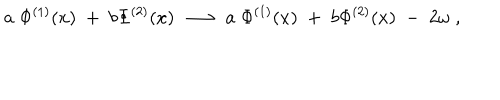
LaTeX: a \; \Phi ^ { ( 1 ) } ( x ) \; + \; b \Phi ^ { ( 2 ) } ( x ) \; \longrightarrow \; a \; \Phi ^ { ( 1 ) } ( x ) \; + \; b \Phi ^ { ( 2 ) } ( x ) \; - \; 2 \omega \; ,